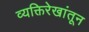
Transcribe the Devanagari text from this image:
व्यक्तिरेखांतून